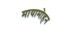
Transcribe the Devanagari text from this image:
मायामोहन